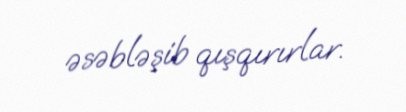
əsəbləşib qışqırırlar.